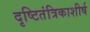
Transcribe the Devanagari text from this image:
दृष्टितंत्रिकाशीर्ष